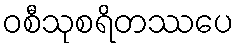
ဝစီသုစရိတဿပေ